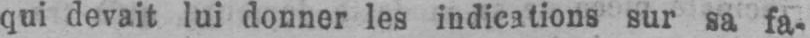
qui devait lui donner les indications sur sa fa-